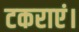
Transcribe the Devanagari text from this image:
टकराएं।